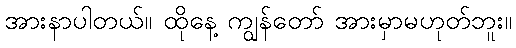
အားနာပါတယ်။ ထိုနေ့ ကျွန်တော် အားမှာမဟုတ်ဘူး။